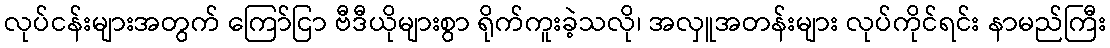
လုပ်ငန်းများအတွက် ကြော်ငြာ ဗီဒီယိုများစွာ ရိုက်ကူးခဲ့သလို၊ အလှူအတန်းများ လုပ်ကိုင်ရင်း နာမည်ကြီး